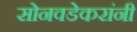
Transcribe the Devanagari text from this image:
सोनवडेकरांनी